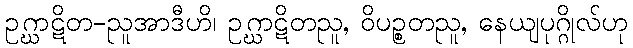
ဥဂ္ဃာဋိတ-ညူအာဒီဟိ၊ ဥဂ္ဃာဋိတညူ, ဝိပဉ္စတညူ, နေယျပုဂ္ဂိုလ်ဟု